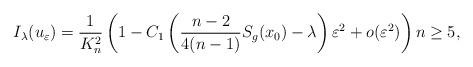
LaTeX: \begin{align*} I_\lambda(u_\varepsilon)=\frac{1}{K_n^2}\left(1-C_1\left(\frac{n-2}{4(n-1)}S_g(x_0)-\lambda \right)\varepsilon^2+o(\varepsilon^2) \right)n\geq 5,\\ \end{align*}